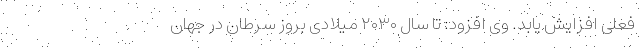
فعلی افزایش یابد. وی افزود: تا سال ۲۰۳۰ میلادی بروز سرطان در جهان